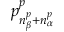
p _ { n _ { \beta } ^ { p } + n _ { \alpha } ^ { p } } ^ { p }